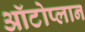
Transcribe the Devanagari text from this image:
ऑटोप्लान